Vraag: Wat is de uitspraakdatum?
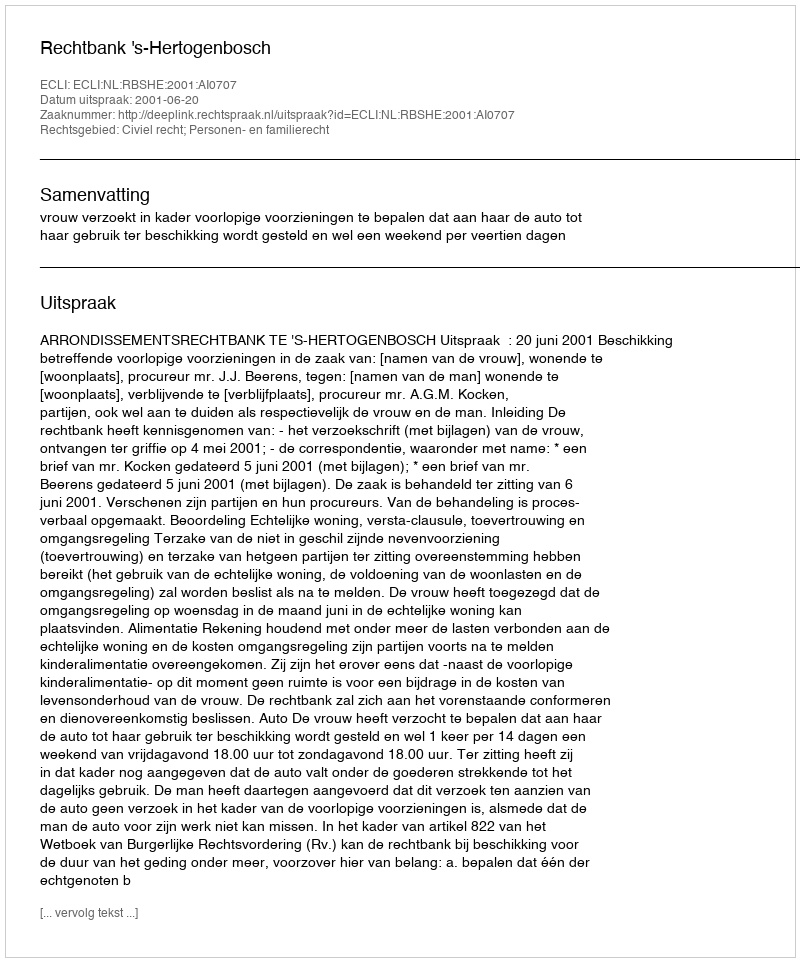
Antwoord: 2001-06-20